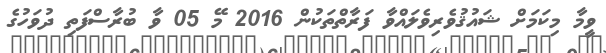
ވީމާ މިކަމަށް ޝައުޤުވެރިވެލައްވާ ފަރާތްތަކުން 2016 މޭ 05 ވާ ބުރާސްފަތި ދުވަހުގެ